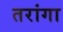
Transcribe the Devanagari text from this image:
तरांगा